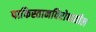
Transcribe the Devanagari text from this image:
पाकिस्तानविरोधातील